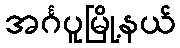
အင်္ဂပူမြို့နယ်